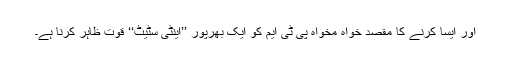
اور ایسا کرنے کا مقصد خواہ مخواہ پی ٹی ایم کو ایک بھرپور ’’اینٹی سٹیٹ‘‘ قوت ظاہر کرنا ہے۔